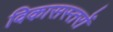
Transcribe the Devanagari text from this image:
विकासस्तरों